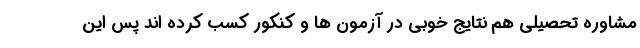
مشاوره تحصیلی هم نتایج خوبی در آزمون ها و کنکور کسب کرده اند پس این